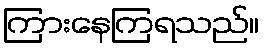
ကြားနေကြရသည်။